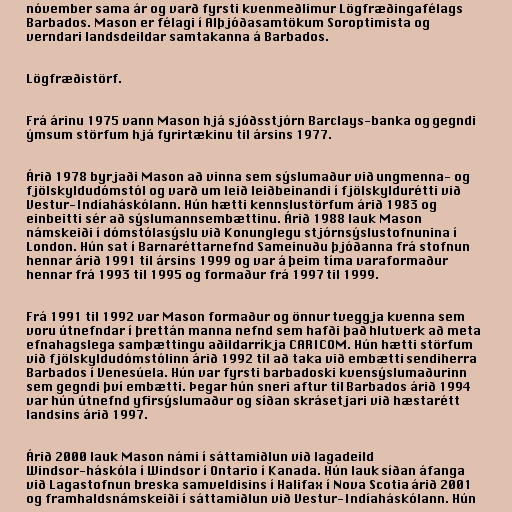
nóvember sama ár og varð fyrsti kvenmeðlimur Lögfræðingafélags
Barbados. Mason er félagi í Alþjóðasamtökum Soroptimista og
verndari landsdeildar samtakanna á Barbados.

Lögfræðistörf.

Frá árinu 1975 vann Mason hjá sjóðsstjórn Barclays-banka og gegndi
ýmsum störfum hjá fyrirtækinu til ársins 1977.

Árið 1978 byrjaði Mason að vinna sem sýslumaður við ungmenna- og
fjölskyldudómstól og varð um leið leiðbeinandi í fjölskyldurétti við
Vestur-Indíaháskólann. Hún hætti kennslustörfum árið 1983 og
einbeitti sér að sýslumannsembættinu. Árið 1988 lauk Mason
námskeiði í dómstólasýslu við Konunglegu stjórnsýslustofnunina í
London. Hún sat í Barnaréttarnefnd Sameinuðu þjóðanna frá stofnun
hennar árið 1991 til ársins 1999 og var á þeim tíma varaformaður
hennar frá 1993 til 1995 og formaður frá 1997 til 1999.

Frá 1991 til 1992 var Mason formaður og önnur tveggja kvenna sem
voru útnefndar í þrettán manna nefnd sem hafði það hlutverk að meta
efnahagslega samþættingu aðildarríkja CARICOM. Hún hætti störfum
við fjölskyldudómstólinn árið 1992 til að taka við embætti sendiherra
Barbados í Venesúela. Hún var fyrsti barbadoski kvensýslumaðurinn
sem gegndi því embætti. Þegar hún sneri aftur til Barbados árið 1994
var hún útnefnd yfirsýslumaður og síðan skrásetjari við hæstarétt
landsins árið 1997.

Árið 2000 lauk Mason námi í sáttamiðlun við lagadeild
Windsor-háskóla í Windsor í Ontario í Kanada. Hún lauk síðan áfanga
við Lagastofnun breska samveldisins í Halifax í Nova Scotia árið 2001
og framhaldsnámskeiði í sáttamiðlun við Vestur-Indíaháskólann. Hún